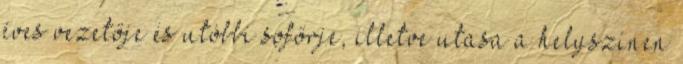
éves vezetője és utóbbi sofőrje, illetve utasa a helyszínen